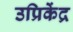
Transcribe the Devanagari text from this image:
उप्रिकेंद्र